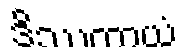
ဒိဿတာယံ